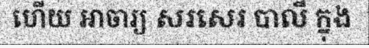
ហើយ អាចារ្យ សរសេរ បាលី ក្នុង